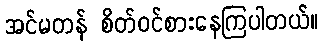
အင်မတန် စိတ်ဝင်စားနေကြပါတယ်။